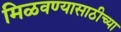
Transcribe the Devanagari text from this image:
मिळवण्यासाठीच्या